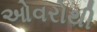
ઓવરોથી